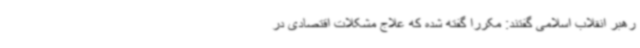
رهبر انقلاب اسلامی گفتند: مکرراً گفته شده که علاج مشکلات اقتصادی در